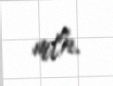
mln.